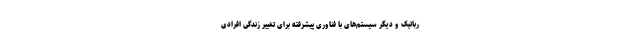
رباتیک و دیگر سیستم‌های با فناوری پیشرفته برای تغییر زندگی افرادی